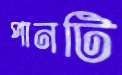
পানটি